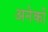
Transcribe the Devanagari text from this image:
अनेेकों